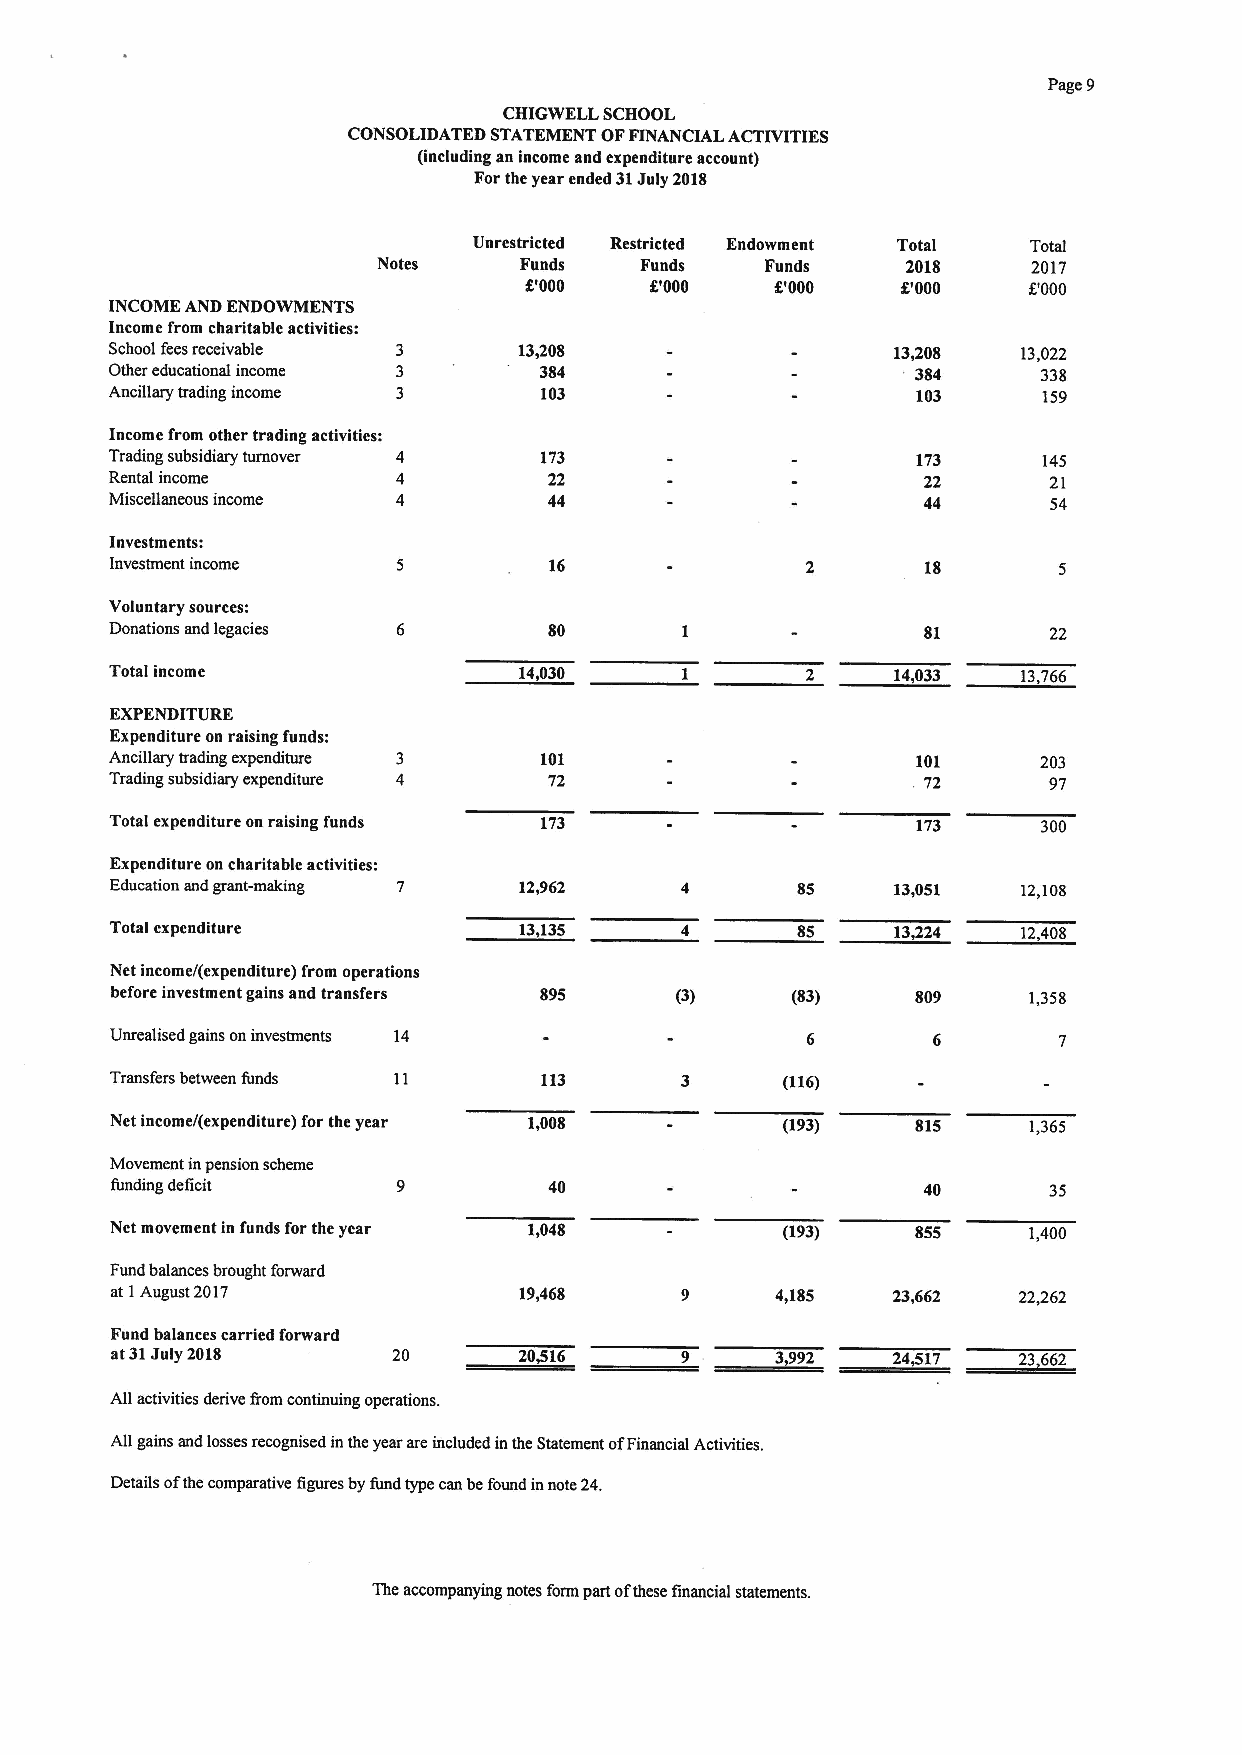
Page 9
 CHIGWELL SCHOOL
 CONSOLIDATED STATEMENT OFFINANCIAL ACTIVITIES
 (including an income and expenditure account)
 Forthe year ended 31July 2018
 Unrestricted Restricted Endowment Total Total
 Notes    Funds   Funds    Funds    2018    2017
 g'000   g'000   8'000    8'000   8000
 INCOME AND ENDOWMENTS
 Income from charitable activities:
 School feesreceivable      13/08                    13,208   13,022
 Other educational income     384                      384     338
 Ancillary trading income     103                      103     159
 Income from other trading activities:
 Trading subsidiary turnover 4 173                     173     145
 Rental income      4         22                       22      21
 Miscellaneous income 4       44                       44       54
 Investments:
 Investment income            16                       18
 Voluntary sources:
 Donations and legacies       80                       81      22
 Total income               14,030                   14,033   13,766
 EXPENDITURE
 Expenditure on raising funds:
 Ancillary trading expenditure 101                     101     203
 Trading subsidiary expenditure 72                    . 72     97
 Total expenditure on raising funds 173                173     300
 Expenditure on charitable activities:
 Education and grant-making 12,962             85    13,051   12,108
 Total expenditure          13,135             85    13,224   12,408
 Net income/(expenditure) from operations
 before investment gains and transfers 895 (3) (83)    809    1,358
 Unrealised gains oninvestments 14
 Transfers between funds      113             (116)
 Net income/(expenditure) for the year 1,008  (193)    815    1,365
 Movement inpension scheme
 funding deficit              40                       40      35
 Net movement in funds for the year 1,048     (193)    855    1,400
 Fund balances brought forward
 at 1August 2017            19,468           4,185   23,662  22,262
 Fund balances carried forward
 at31July 2018      20      20/16            3,992   24+17   23,662
 All activities derive irom continuing operations.
 All gains and losses recognised inthe year are included inthe Statement ofFinancial Activities.
 Details ofthe comparative figures by fund type can befound innote 24.
 The accompanying notes form part ofthese financial statements.